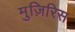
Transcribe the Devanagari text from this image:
मुज़िरिस